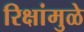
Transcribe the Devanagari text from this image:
रिक्षांमुळे